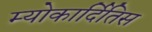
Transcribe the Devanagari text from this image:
म्योकार्दितिस